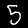
Digit: 5